Source: Computer-generated
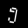
Digit: ၅ (5)